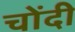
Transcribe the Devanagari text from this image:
चोंदी